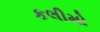
કલીમો